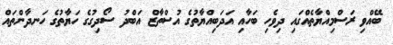
ބޭއްވި ރަސްމިއްޔާތެއްގައި ދިވެހި ބަހާއި އަދަބިއްޔާތުގެ އުސްތާޒް އަބްދު ސޯދިގުގެ ހަޔާތުގެ ހަނދާންތައް